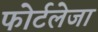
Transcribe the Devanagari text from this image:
फोर्टलेजा